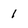
Character: 1